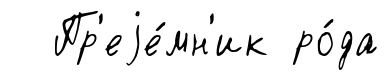
Пр'еjе́мн'ик ро́да